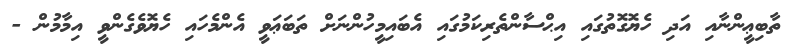
ތާބިޢީންނާއި އަދި ހެޔޮގޮތުގައި އިޙްސާންތެރިކަމުގައި އެބައިމީހުންނަށް ތަބަޢަވީ އެންމެހައި ހެޔޮވެގެންވީ އިމާމުން -